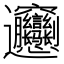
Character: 𰻝